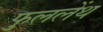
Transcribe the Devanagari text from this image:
फुललेंथ